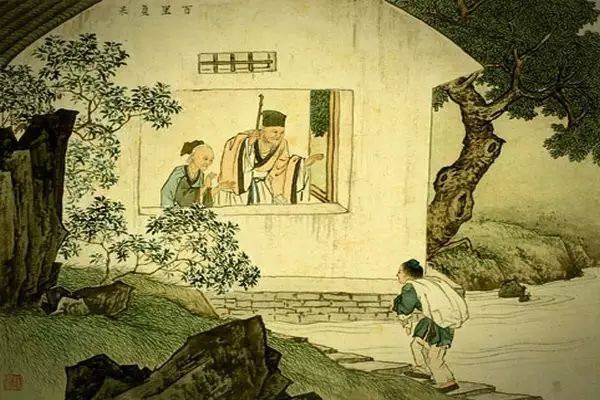
夫孝者，善继人之志，善述人之事者也。